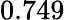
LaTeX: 0.749